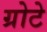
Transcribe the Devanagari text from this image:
ग्रोटे